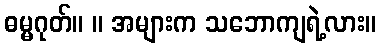
ဓမ္မဂုတ်။ ။ အများက သဘောကျရဲ့လား။